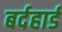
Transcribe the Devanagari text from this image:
बर्दहार्ड